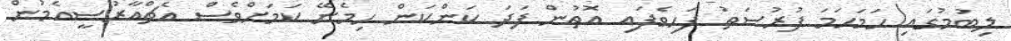
ލިބުމުގައި ހަމަހަމަ ފުރުސަތު ފަހިވެފައި އޮތުން ފަދަ ކަންކަން ހިމެނޭ ކަމަށްވެސް އެޗްއާރުސީއެމުން